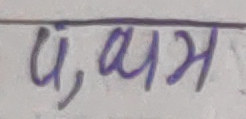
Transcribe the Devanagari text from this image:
पहिलो